Report of the Indian Hemp Drugs Commission, 1894-1895 - Volume IV
Year: 1894
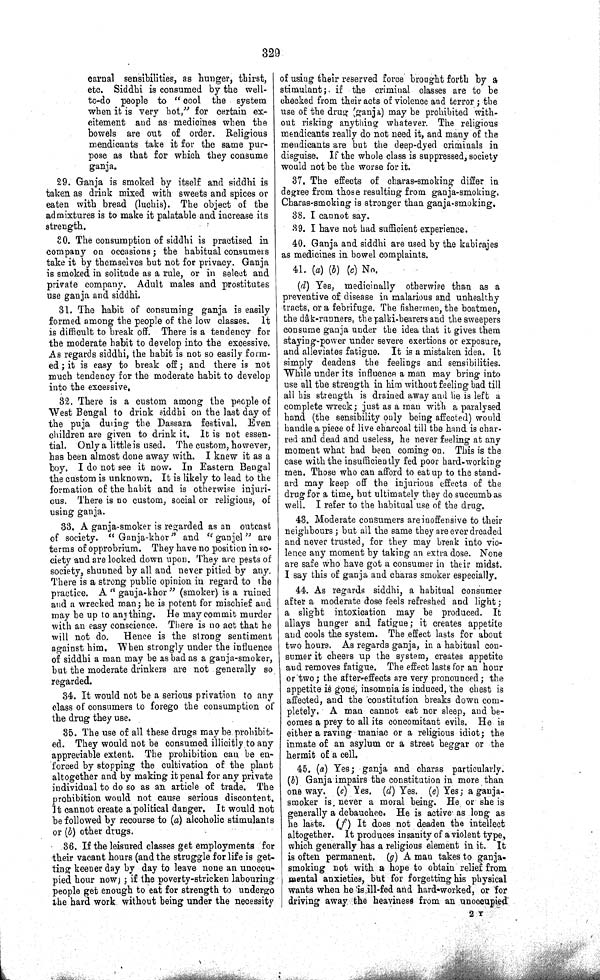
329
carnal sensibilities, as hunger, thirst,
etc. Siddhi is consumed by the well-
to-do people to "cool the system
when it is very hot," for certain ex-
citement and as medicines when the
bowels are out of order. Religious
mendicants take it for the same pur-
pose as that for which they consume
ganja.
29. Ganja is smoked by itself and siddhi is
taken as drink mixed with sweets and spices or
eaten with bread (luchis). The object of the
admixtures is to make it palatable and increase its
strength.
30. The consumption of siddhi is practised in
company on occasions; the habitual consumers
take it by themselves but not for privacy. Ganja
is smoked in solitude as a rule, or in select and
private company. Adult males and prostitutes
use ganja and siddhi.
31. The habit of consuming ganja is easily
formed among the people of the low classes. It
is difficult to break off. There is a tendency for
the moderate habit to develop into the excessive.
As regards siddhi, the habit is not so easily form-
ed; it is easy to break off; and there is not
much tendency for the moderate habit to develop
into the excessive.
32. There is a custom among the people of
West Bengal to drink siddhi on the last day of
the puja during the Dassara festival. Even
children are given to drink it. lt is not essen-
tial. Only a little is used. The custom, however,
has been almost done away with. I knew it as a
boy. I do not see it now. In Eastern Bengal
the custom is unknown. It is likely to lead to the
formation of the habit and is otherwise injuri-
ous. There is no custom, social or religious, of
using ganja.
33. A ganja-smoker is regarded as an outcast
of society. "Ganja-khor" and "ganjel" are
terms of opprobrium. They have no position in so-
ciety and are looked down upon. They are pests of
society, shunned by all and never pitied by any.
There is a strong public opinion in regard to the
practice. A "ganja-khor" (smoker) is a ruined
and a wrecked man; he is potent for mischief and
may be up to anything. He may commit murder
with an easy conscience. There is no act that he
will not do.
Hence is the strong sentiment
against him. When strongly under the influence
of siddhi a man may be as bad as a ganja-smoker,
but the moderate drinkers are not generally so
regarded.
34. It would not be a serious privation to any
class of consumers to forego the consumption of
the drug they use.
35. The use of all these drugs may be prohibit-
ed. They would not be consumed illicitly to any
appreciable extent. The prohibition can be en-
forced by stopping the cultivation of the plant
altogether and by making it penal for any private
individual to do so as an article of trade. The
prohibition would not cause serious discontent.
It cannot create apolitical danger. It would not
be followed by recourse to (a) alcoholic stimulants
or (b) other drugs.
36. If the leisured classes get employments for
their vacant hours (and the struggle for life is get-
ting keener day by day to leave none an unoccu-
pied hour now); if the poverty-stricken labouring
people get enough to eat for strength to undergo
the hard work without being under the necessity
of using their reserved force brought forth by a
stimulant; if the criminal classes are to be
checked from their acts of violence and terror; the
use of the drug (ganja) may be prohibited with-
out risking anything whatever. The religious
mendicants really do not need it, and many of the
mendicants are but the deep-dyed criminals in
disguise. If the whole class is suppressed, society
would not be the worse for it.
37. The effects of charas-smoking differ in
degree from those resulting from ganja-smoking.
Charas-smoking is stronger than ganja-smoking.
38. I cannot say.
39. I have not had sufficient experience.
40. Ganja and siddhi are used by the kabirajes
as medicines in bowel complaints.
41. (a) (b) (c) No.
(d) Yes, medicinally otherwise than as a
preventive of disease in malarious and unhealthy
tracts, or a febrifuge. The fishermen, the boatmen,
the dâk-runners, the palki-bearers and the sweepers
consume ganja under the idea that it gives them
staying-power under severe exertions or exposure,
and alleviates fatigue. It is a mistaken idea. It
simply deadens the feelings and sensibilities.
While under its influence a man may bring into
use all the strength in him without feeling bad till
all his strength is drained away and lie is left a
complete wreck; just as a man with a paralysed
hand (the sensibility only being affected) would
handle a piece of live charcoal till the hand is char-
red and dead and useless, he never feeling at any
moment what had been coming on. This is the
case with the insufficiently fed poor hard-working
men. Those who can afford to eat up to the stand-
ard may keep off the injurious effects of the
drug for a time, but ultimately they do succumb as
well. I refer to the habitual use of the drug.
43. Moderate consumers are inoffensive to their
neighbours; but all the same they are ever dreaded
and never trusted, for they may break into vio-
lence any moment by taking an extra dose. None
are safe who have got a consumer in their midst.
I say this of ganja and charas smoker especially.
44. As regards siddhi, a habitual consumer
after a moderate dose feels refreshed and light;
a slight intoxication may be produced. It
allays hunger and fatigue; it creates appetite
and cools the system. The effect lasts for about
two hours. As regards ganja, in a habitual con-
sumer it cheers up the system, creates appetite
and removes fatigue. The effect lasts for an hour
or two; the after-effects are very pronounced; the
appetite is gone, insomnia is induced, the chest is
affected, and the constitution breaks down com-
pletely. A man cannot eat nor sleep, and be-
comes a prey to all its concomitant evils. He is
either a raving maniac or a religious idiot; the
inmate of an asylum or a street beggar or the
hermit of a cell.
45. (a) Yes; ganja and charas particularly.
(b) Ganja impairs the constitution in more than
one way. (c) Yes. (d) Yes. (e) Yes; a ganja-
smoker is never a moral being. He or she is
generally a debauchee. He is active as long as
he lasts. (f) It does not deaden the intellect
altogether. It produces insanity of a violent type,
which generally has a religious element in it. It
is often permanent. (g) A man takes to ganja-
smoking not with a hope to obtain relief from
mental anxieties, but for forgetting his physical
wants when he is ill-fed and hard-worked, or for
driving away the heaviness from an unoccupied
2 Y